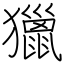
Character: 獵